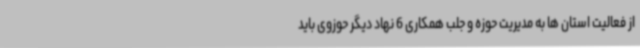
از فعالیت استان ها به مدیریت حوزه و جلب همکاری 6 نهاد دیگر حوزوی باید